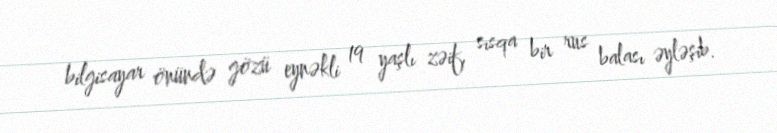
bilgisayar önündə gözü eynəkli 19 yaşlı zəif, sısqa bir rus balası əyləşib.